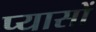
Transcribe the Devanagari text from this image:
प्यासों